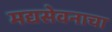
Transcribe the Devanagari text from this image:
मद्यसेवनाचा